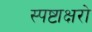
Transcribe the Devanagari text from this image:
स्पष्टाक्षरो